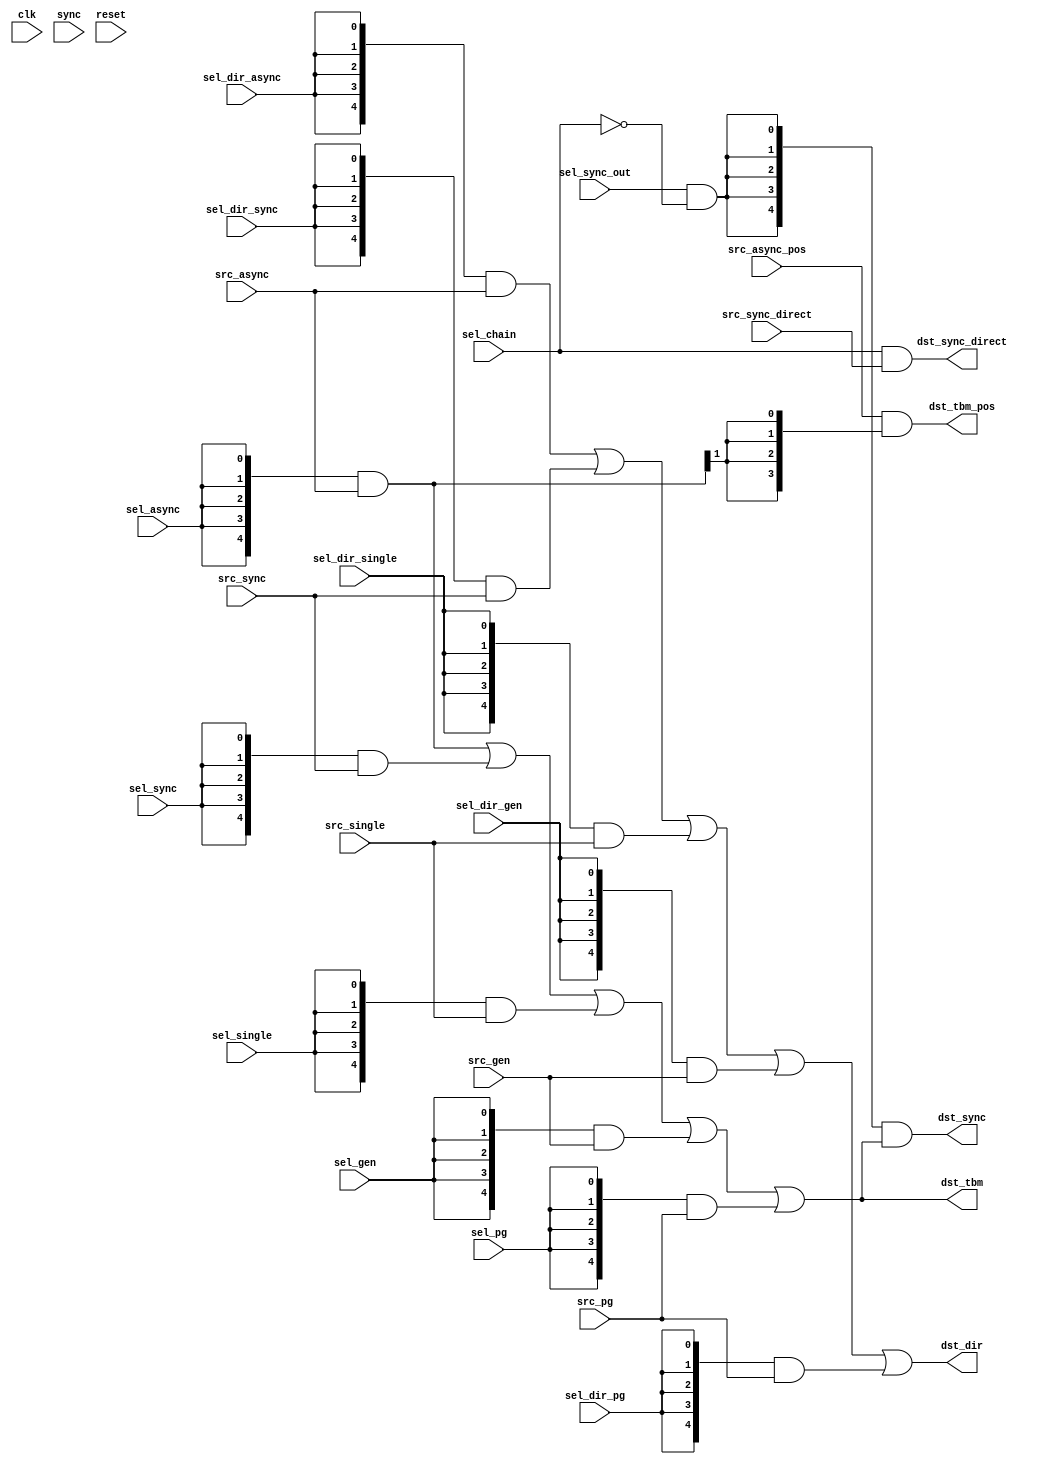
module trigger_control
(
	input  clk,
	input  sync,
	input  reset,

	// control
	input sel_async,      // select async input
	input sel_sync,       // select sync input
	input sel_single,     // select single trigger input
	input sel_gen,        // select trigger generator input
	input sel_pg,         // select pattern generator input

	input sel_dir_async,  // select async input for direct output
	input sel_dir_sync,   // select sync input for direct output
	input sel_dir_single, // select single trigger for direct output
	input sel_dir_gen,    // select trigger generator input for direct output
	input sel_dir_pg,     // select pattern generator for direct output

	input sel_chain,      // sync in -> sync out (fast desy chain)
	input sel_sync_out,   // send trigger data to sync output

	// === sources ====================================================
	
	// async trigger input
	input  [4:0]src_async,  // trg
	input  [3:0]src_async_pos,

	// data trigger input
	input  [4:0]src_sync, // syn trg rsr rst
	input  src_sync_direct,

	// software controlled single event input
	input  [4:0]src_single, // syn trg rsr rst cal

	// trigger generator input
	input  [4:0]src_gen, // trg

	// pattern generator input
	input  [4:0]src_pg, // trg rsr rst cal


	// === sinks ======================================================

	// soft TBM output
	output [4:0]dst_tbm, // syn trg rsr rst cal
	output [3:0]dst_tbm_pos,
	
	// data trigger output
	output [4:0]dst_sync, // syn trg rsr rst
	output dst_sync_direct,
	
	// direct roc/module trigger output
	output [4:0]dst_dir  // trg rsr rst cal
);

	localparam SYN = 0;
	localparam TRG = 1;
	localparam RSR = 2;
	localparam RST = 3;
	localparam CAL = 4;

	// switch
	wire [4:0]src_async_gated  = {5{sel_async}}  & src_async;
	wire [4:0]src_sync_gated   = {5{sel_sync}}   & src_sync;
	wire [4:0]src_single_gated = {5{sel_single}} & src_single;
	wire [4:0]src_gen_gated    = {5{sel_gen}}    & src_gen;
	wire [4:0]src_pg_gated     = {5{sel_pg}}     & src_pg;
	
	wire [4:0]sum = src_async_gated | src_sync_gated
		| src_single_gated | src_gen_gated | src_pg_gated;
	
	assign dst_sync_direct = sel_chain & src_sync_direct;
	
	assign dst_tbm = sum;
	assign dst_sync = {5{sel_sync_out & !sel_chain}} & sum;

	assign dst_tbm_pos = src_async_pos & {4{src_async_gated[1]}};

	//
	wire [4:0]src_dir_async_gated  = {5{sel_dir_async}}  & src_async;
	wire [4:0]src_dir_sync_gated   = {5{sel_dir_sync}}   & src_sync;
	wire [4:0]src_dir_single_gated = {5{sel_dir_single}} & src_single;
	wire [4:0]src_dir_gen_gated    = {5{sel_dir_gen}}    & src_gen;
	wire [4:0]src_dir_pg_gated     = {5{sel_dir_pg}}     & src_pg;

	wire [4:0]sum_dir = src_dir_async_gated | src_dir_sync_gated
		| src_dir_single_gated | src_dir_gen_gated | src_dir_pg_gated;
	
	assign dst_dir = sum_dir;

endmodule